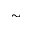
\sim